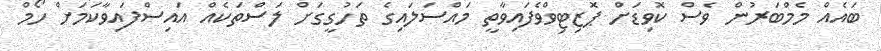
ބައެއް މެމްބަރުން ވެސް ކޮވިޑަށް ޕޮޒިޓިވްވެފައިވާތީ މައްސަލައިގެ ތަހުގީގަށް ލަސްތަކެއް އައިސްފައިވާކަމަށް ހޯމް